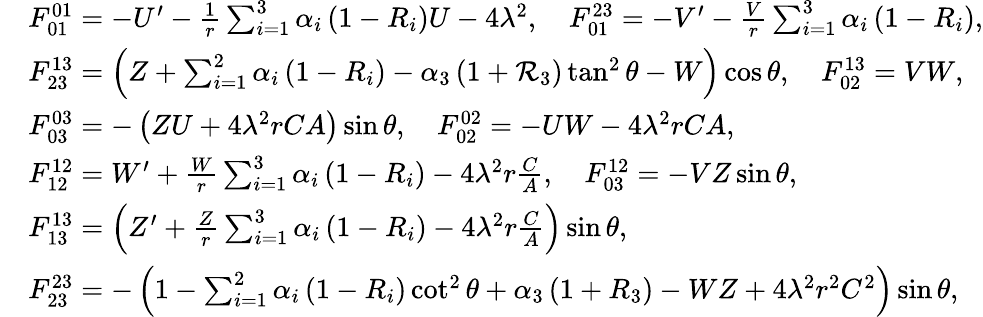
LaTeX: \begin{array}{rl}&{F_{01}^{01}=-U^{\prime}-\frac{1}{r}\sum_{i=1}^{3}\alpha_{i}\left(1-R_{i}\right)U-4\lambda^{2},\quad F_{01}^{23}=-V^{\prime}-\frac{V}{r}\sum_{i=1}^{3}\alpha_{i}\left(1-R_{i}\right),}\\ &{F_{23}^{13}=\left(Z+\sum_{i=1}^{2}\alpha_{i}\left(1-R_{i}\right)-\alpha_{3}\left(1+\mathcal{R}_{3}\right)\tan^{2}\theta-W\right)\cos\theta,\quad F_{02}^{13}=VW,}\\ &{F_{03}^{03}=-\left(ZU+4\lambda^{2}rCA\right)\sin\theta,\quad F_{02}^{02}=-UW-4\lambda^{2}rCA,}\\ &{F_{12}^{12}=W^{\prime}+\frac{W}{r}\sum_{i=1}^{3}\alpha_{i}\left(1-R_{i}\right)-4\lambda^{2}r\frac{C}{A},\quad F_{03}^{12}=-VZ\sin\theta,}\\ &{F_{13}^{13}=\left(Z^{\prime}+\frac{Z}{r}\sum_{i=1}^{3}\alpha_{i}\left(1-R_{i}\right)-4\lambda^{2}r\frac{C}{A}\right)\sin\theta,}\\ &{F_{23}^{23}=-\left(1-\sum_{i=1}^{2}\alpha_{i}\left(1-R_{i}\right)\cot^{2}\theta+\alpha_{3}\left(1+R_{3}\right)-WZ+4\lambda^{2}r^{2}C^{2}\right)\sin\theta,}\end{array}